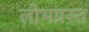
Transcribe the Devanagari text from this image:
लोभग्रस्त